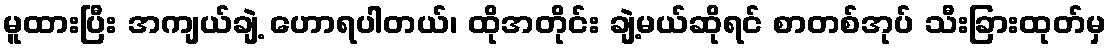
မူထားပြီး အကျယ်ချဲ့ ဟောရပါတယ်၊ ထိုအတိုင်း ချဲ့မယ်ဆိုရင် စာတစ်အုပ် သီးခြားထုတ်မှ